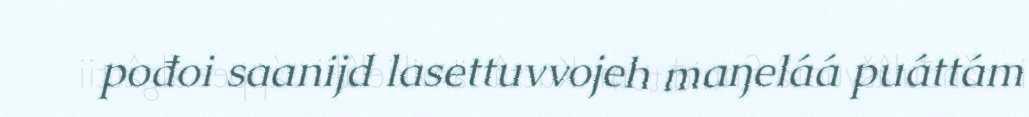
pođoi saanijd lasettuvvojeh maŋeláá puáttám